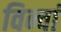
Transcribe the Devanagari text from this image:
विन्चां